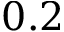
0 . 2